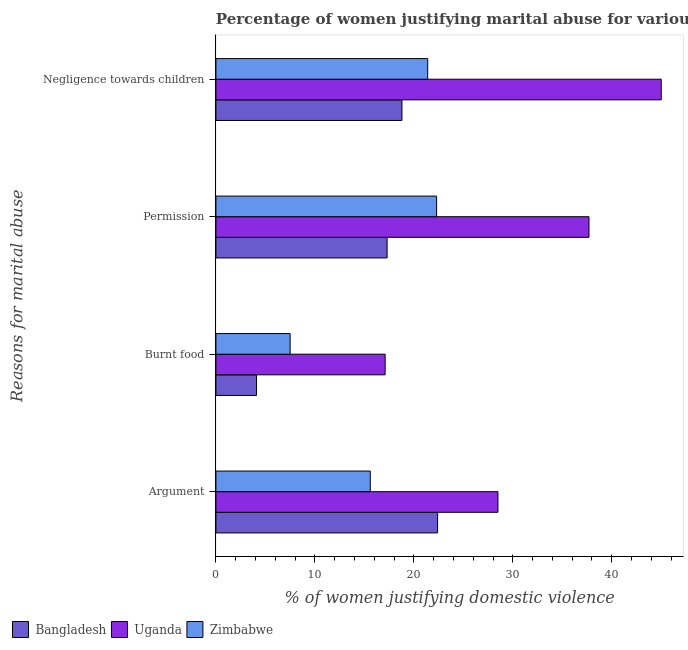
| Reasons for marital abuse | Bangladesh | Uganda | Zimbabwe |
 | --- | --- | --- | --- |
 | Argument | 22.4 | 28.5 | 15.6 |
 | Burnt food | 4.1 | 17.1 | 7.5 |
 | Permission | 17.3 | 37.7 | 22.3 |
 | Negligence towards children | 18.8 | 45 | 21.4 |